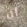
أن